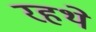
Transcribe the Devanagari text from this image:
रहथे